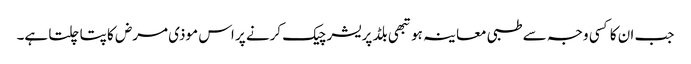
جب ان کا کسی وجہ سے طبی معاینہ ہو تبھی بلڈ پریشر چیک کرنے پر اس موذی مرض کا پتا چلتا ہے۔